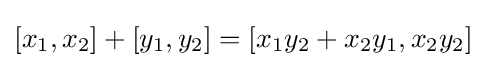
[x_{1},x_{2}]+[y_{1},y_{2}]=[x_{1}y_{2}+x_{2}y_{1},x_{2}y_{2}]